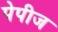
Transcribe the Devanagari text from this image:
पेपीज